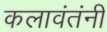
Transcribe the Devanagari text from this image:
कलावंतंनी